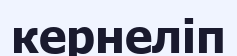
кернеліп